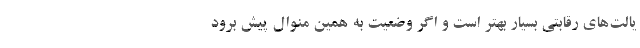
یالت‌های رقابتی بسیار بهتر است و اگر وضعیت به همین منوال پیش برود